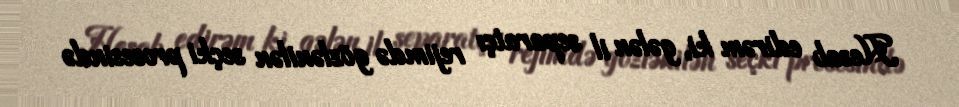
Hesab edirəm ki, gələn il separatçı rejimdə gözlənilən seçki prosesində